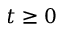
t \geq 0